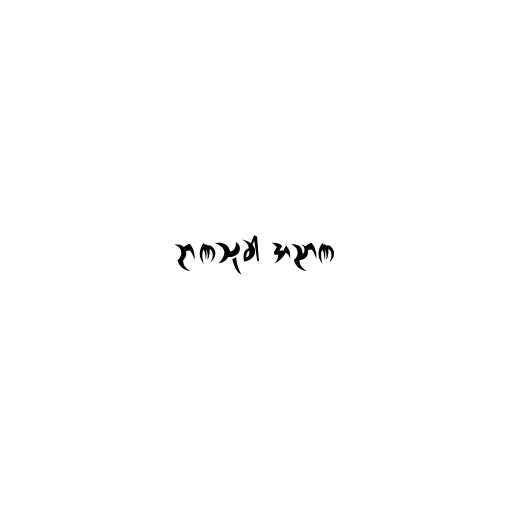
ဉာဏသုခါ အညာဏ